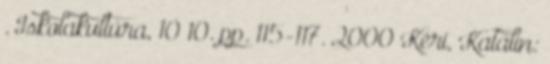
. Iskolakultúra, 10 10. pp. 115-117. 2000 Kéri, Katalin: